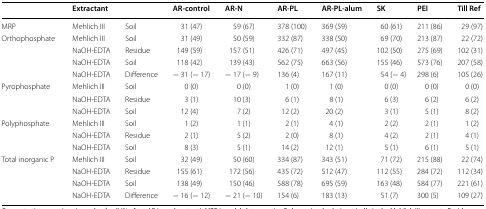
<table><thead><tr><td></td><td><b>Extractant</b></td><td></td><td><b>AR-control</b></td><td><b>AR-N</b></td><td><b>AR-PL</b></td><td><b>AR-PL-alum</b></td><td><b>SK</b></td><td><b>PEI</b></td><td><b>Till Ref</b></td></tr></thead><tbody><tr><td>MRP</td><td>Mehlich III</td><td>Soil</td><td>31 (47)</td><td>59 (67)</td><td>378 (100)</td><td>369 (59)</td><td>60 (61)</td><td>211 (86)</td><td>29 (97)</td></tr><tr><td>Orthophosphate</td><td>Mehlich III</td><td>Soil</td><td>31 (49)</td><td>50 (59)</td><td>332 (87)</td><td>338 (50)</td><td>69 (70)</td><td>213 (87)</td><td>22 (72)</td></tr><tr><td></td><td>NaOH-EDTA</td><td>Residue</td><td>149 (59)</td><td>157 (51)</td><td>426 (71)</td><td>497 (45)</td><td>102 (50)</td><td>275 (69)</td><td>102 (31)</td></tr><tr><td></td><td>NaOH-EDTA</td><td>Soil</td><td>118 (42)</td><td>139 (43)</td><td>562 (75)</td><td>663 (56)</td><td>155 (46)</td><td>573 (76)</td><td>207 (58)</td></tr><tr><td></td><td>NaOH-EDTA</td><td>Difference</td><td>− 31 (− 17)</td><td>− 17 (− 9)</td><td>136 (4)</td><td>167 (11)</td><td>54 (− 4)</td><td>298 (6)</td><td>105 (26)</td></tr><tr><td>Pyrophosphate</td><td>Mehlich III</td><td>Soil</td><td>0 (0)</td><td>0 (0)</td><td>1 (0)</td><td>1 (0)</td><td>0 (0)</td><td>0 (0)</td><td>0 (0)</td></tr><tr><td></td><td>NaOH-EDTA</td><td>Residue</td><td>3 (1)</td><td>10 (3)</td><td>6 (1)</td><td>8 (1)</td><td>6 (3)</td><td>6 (2)</td><td>6 (2)</td></tr><tr><td></td><td>NaOH-EDTA</td><td>Soil</td><td>12 (4)</td><td>7 (2)</td><td>12 (2)</td><td>20 (2)</td><td>3 (1)</td><td>5 (1)</td><td>8 (2)</td></tr><tr><td>Polyphosphate</td><td>Mehlich III</td><td>Soil</td><td>1 (2)</td><td>1 (1)</td><td>2 (1)</td><td>4 (1)</td><td>2 (2)</td><td>2 (1)</td><td>1 (2)</td></tr><tr><td></td><td>NaOH-EDTA</td><td>Residue</td><td>2 (1)</td><td>5 (2)</td><td>2 (0)</td><td>8 (1)</td><td>4 (2)</td><td>2 (1)</td><td>4 (1)</td></tr><tr><td></td><td>NaOH-EDTA</td><td>Soil</td><td>8 (3)</td><td>5 (1)</td><td>14 (2)</td><td>12 (1)</td><td>5 (1)</td><td>6 (1)</td><td>5 (1)</td></tr><tr><td>Total inorganic P</td><td>Mehlich III</td><td>Soil</td><td>32 (49)</td><td>50 (60)</td><td>334 (87)</td><td>343 (51)</td><td>71 (72)</td><td>215 (88)</td><td>22 (74)</td></tr><tr><td></td><td>NaOH-EDTA</td><td>Residue</td><td>155 (61)</td><td>172 (56)</td><td>435 (72)</td><td>512 (47)</td><td>112 (55)</td><td>284 (72)</td><td>112 (34)</td></tr><tr><td></td><td>NaOH-EDTA</td><td>Soil</td><td>138 (49)</td><td>150 (46)</td><td>588 (78)</td><td>695 (59)</td><td>163 (48)</td><td>584 (77)</td><td>221 (61)</td></tr><tr><td></td><td>NaOH-EDTA</td><td>Difference</td><td>− 16 (− 12)</td><td>− 21 (− 10)</td><td>154 (6)</td><td>183 (13)</td><td>51 (7)</td><td>300 (5)</td><td>109 (27)</td></tr></tbody></table>